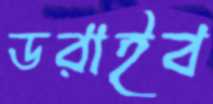
ডরাইব